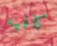
كافيه